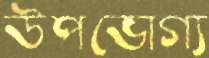
উপভোগ্য